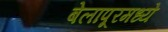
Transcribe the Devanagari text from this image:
बेलापूरमध्ये